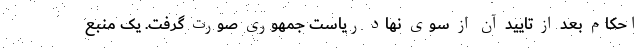
احکام بعد از تایید آن از سوی نهاد ریاست جمهوری صورت گرفت. یک منبع